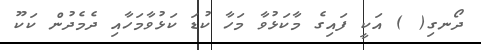
ދޯނގި( ) އަކީ ފައިގެ މާކަޅުވާ މަހާ ކުޑަ ކަޅުވާމަހާއި ދެމެދުން ކަކޫ